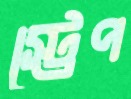
স্ট্রেপ